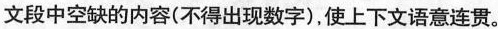
文段中空缺的内容(不得出现数字)，使上下文语意连贯。